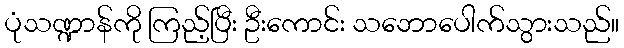
ပုံသဏ္ဍာန်ကို ကြည့်ပြီး ဦးကောင်း သဘောပေါက်သွားသည်။